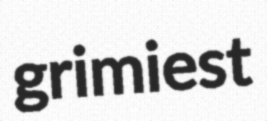
grimiest